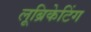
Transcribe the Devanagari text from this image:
लूब्रिकेटिंग